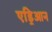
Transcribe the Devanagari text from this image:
एड्रिआन